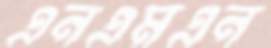
এনএমএন